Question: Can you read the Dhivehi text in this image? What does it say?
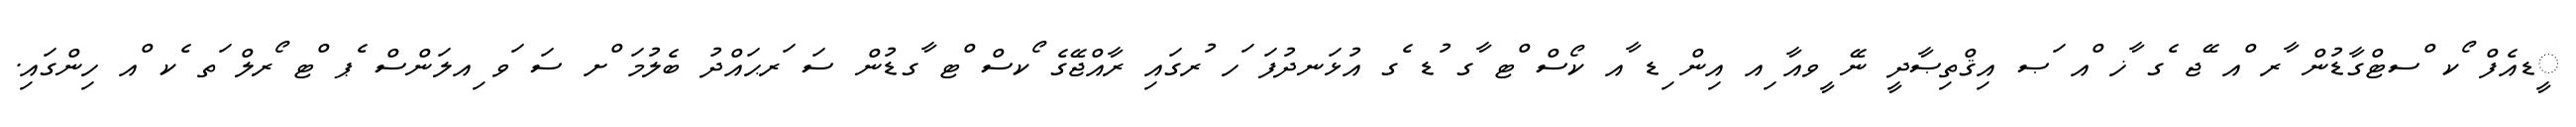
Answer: ީޑއެފް ޯކ ްސޓްގާޑުން ާރ ްއ ޭޖ ެގ ާޚ ްއ ަޞ އިޤްތިޞާދީ ނޭ ީވއާ ިއ އިން ިޑ ާއ ކޯސް ްޓ ާގ ުޑ ެގ އުޅަނދުފަ ަހ ުރގައި ރާއްޖޭގެ ޯކސް ްޓ ާގޑުން ސަ ަރޙައްދު ބެލުމަ ްށ ސަ ަވ ިއލަންސް ެޕ ްޓ ޯރލް ަތ ެކ ްއ ހިންގައި.